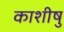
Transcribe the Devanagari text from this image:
काशीषु